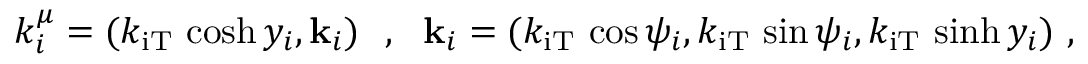
k _ { i } ^ { \mu } = ( k _ { \mathrm { i T } } \, \cosh y _ { i } , { \bf k } _ { i } ) ~ ~ , ~ ~ { \bf k } _ { i } = ( k _ { \mathrm { i T } } \, \cos \psi _ { i } , k _ { \mathrm { i T } } \, \sin \psi _ { i } , k _ { \mathrm { i T } } \, \sinh y _ { i } ) ~ ,